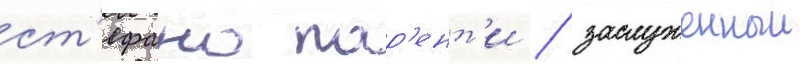
ст'ефано пар'ент'и / заслуженныи